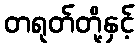
တရုတ်တို့နှင့်